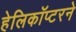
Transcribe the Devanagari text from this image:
हेलिकॉप्टरने